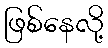
ဖြစ်နေလို့